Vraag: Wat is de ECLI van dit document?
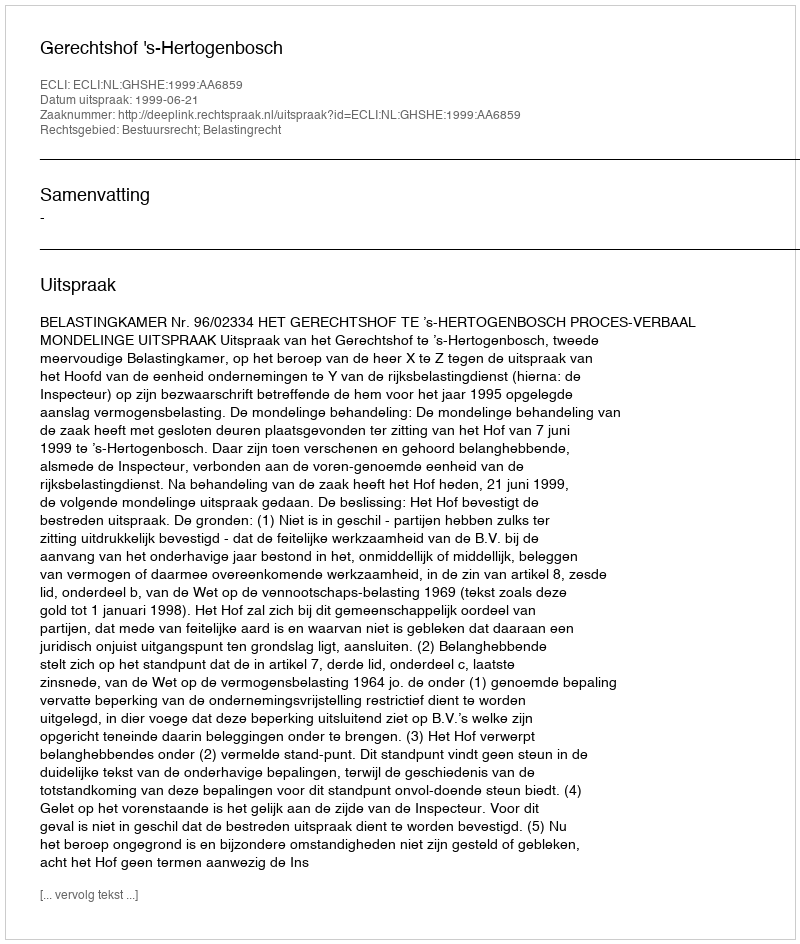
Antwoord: ECLI:NL:GHSHE:1999:AA6859